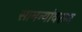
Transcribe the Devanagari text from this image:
सामन्यांवरून